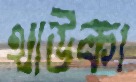
থাউকা